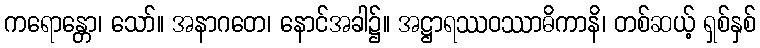
ကရောန္တော၊ သော်။ အနာဂတေ၊ နောင်အခါ၌။ အဋ္ဌာရဿဝဿာဓိကာနိ၊ တစ်ဆယ့် ရှစ်နှစ်